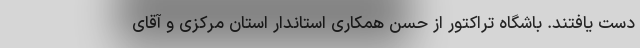
دست یافتند. باشگاه تراکتور از حُسن همکاری استاندار استان مرکزی و آقای